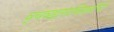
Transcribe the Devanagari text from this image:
व्यवहाराविषयीचे